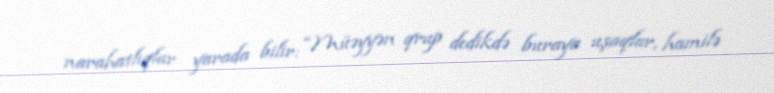
narahatlıqlar yarada bilir: “Müəyyən qrup dedikdə buraya uşaqlar, hamilə